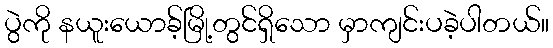
ပွဲကို နယူးယောခ့်မြို့တွင်ရှိသော မှာကျင်းပခဲ့ပါတယ်။